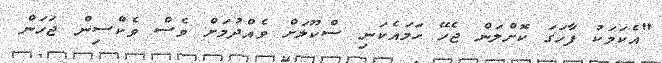
"އެކަމަކު ފާހަގަ ކޮށްލަން ޖެހޭ ހަމައެކަނި ސްކޫލަށް ވެއްދުމަށް ވެސް ވެކްސިން ޖަހަން